Leaving Certificate Examination, 1919
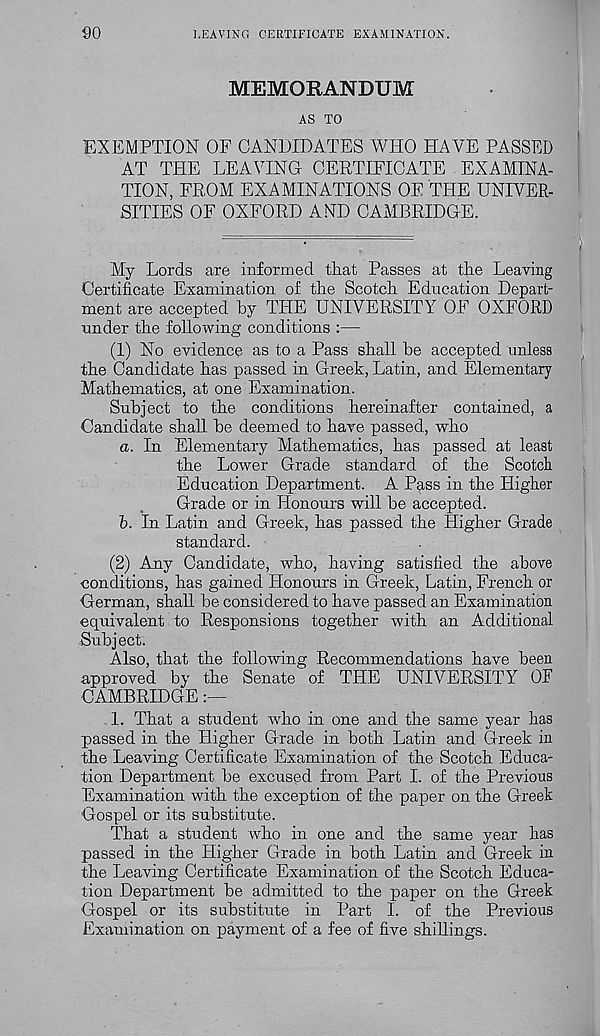
90
LEAVING CERTIFICATE EXAMINATION.
MEMORANDUM
AS TO
EXEMPTION OF CANDIDATES WHO HAVE PASSED
AT THE LEAVING CERTIFICATE EXAMINA-
TION, FROM EXAMINATIONS OF THE UNIVER-
SITIES OF OXFORD AND CAMBRIDGE.
My Lords are informed that Passes at the Leaving
Certificate Examination of the Scotch Education Depart-
ment are accepted by THE UNIVERSITY OF OXFORD
tinder the following conditions :—
(1) No evidence as to a Pass shall be accepted unless
the Candidate has passed in Greek, Latin, and Elementary
Mathematics, at one Examination.
Subject to the conditions hereinafter contained, a
Candidate shall be deemed to have passed, who
a. In Elementary Mathematics, has passed at least
the Lower Grade standard of the Scotch
Education Department. A Pass in the Higher
Grade or in Honours will be accepted.
b. In Latin and Greek, has passed the Higher Grade
standard.
(2) Any Candidate, who, having satisfied the above
conditions, has gained Honours in Greek, Latin, French or
German, shall be considered to have passed an Examination
equivalent to Responsions together with an Additional
Subject.
Also, that the following Recommendations have been
approved by the Senate of THE UNIVERSITY OF
CAMBRIDGE
1. That a student who in one and the same year has
passed in the Higher Grade in both Latin and Greek in
the Leaving Certificate Examination of the Scotch Educa-
tion Department be excused from Part I. of the Previous
Examination with the exception of the paper on the Greek
Gospel or its substitute.
That a student who in one and the same year has
passed in the Higher Grade in both Latin and Greek in
the Leaving Certificate Examination of the Scotch Educa-
tion Department be admitted to the paper on the Greek
Gospel or its substitute in Part I. of the Previous
Examination on payment of a fee of five shillings.